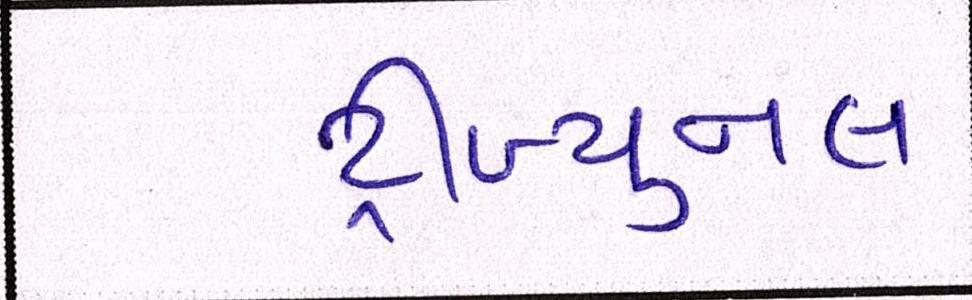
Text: ટ્રીબ્યુનલ